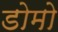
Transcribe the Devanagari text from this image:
डोमो